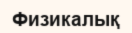
Физикалық